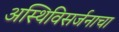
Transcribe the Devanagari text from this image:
अस्थिविसर्जनाचा